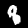
Label: 8